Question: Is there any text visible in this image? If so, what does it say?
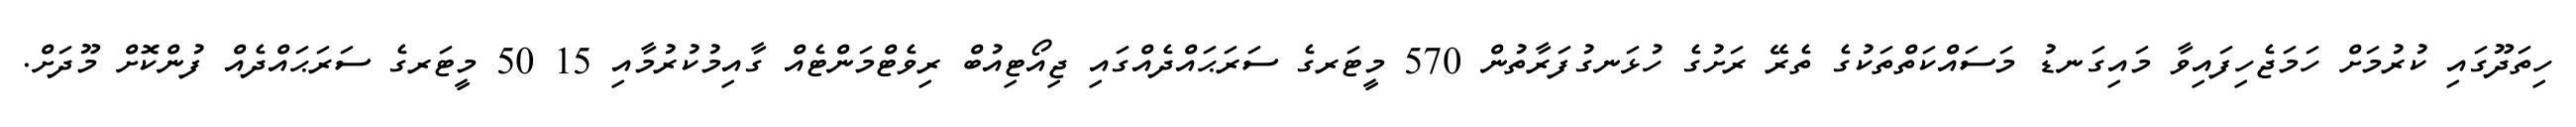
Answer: ހިތަދޫގައި ކުރުމަށް ހަމަޖެހިފައިވާ މައިގަނޑު މަސައްކަތްތަކުގެ ތެރޭ ރަށުގެ ހުޅަނގުފަރާތުން 570 މީޓަރގެ ސަރަޙައްދެއްގައި ޖިއޯޓިއުބް ރިވެޓްމަންޓެއް ގާއިމުކުރުމާއި 15 50 މީޓަރގެ ސަރަޙައްދެއް ފުންކޮށް މޫދަށް.